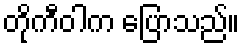
တိုကီဝါက ပြောသည်။